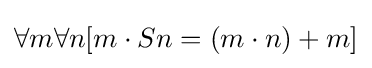
\forall m\forall n[m\cdot Sn=(m\cdot n)+m]